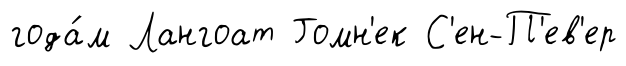
года́м Лангоат Гомн'ек С'ен-П'ев'ер